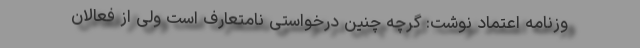
وزنامه اعتماد نوشت: گرچه چنین درخواستی نامتعارف است ولی از فعالان